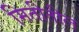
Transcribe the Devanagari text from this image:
मितीतील